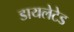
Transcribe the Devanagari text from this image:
डायलेटेड